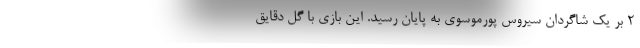
۲ بر یک شاگردان سیروس پورموسوی به پایان رسید. این بازی با گل دقایق